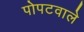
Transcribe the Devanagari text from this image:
पोपटवाले